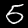
Digit: 5